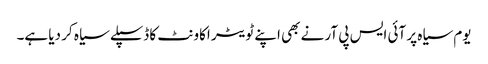
یوم سیاہ پر آئی ایس پی آر نے بھی اپنے ٹویٹر اکاونٹ کا ڈسپلے سیاہ کر دیا ہے۔